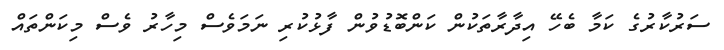
ސަރުކާރުގެ ކަމާ ބެހޭ އިދާރާތަކުން ކަންބޮޑުވުން ފާޅުކުރި ނަމަވެސް މިހާރު ވެސް މިކަންތައް